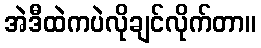
အဲဒီထဲကပဲလိုချင်လိုက်တာ။